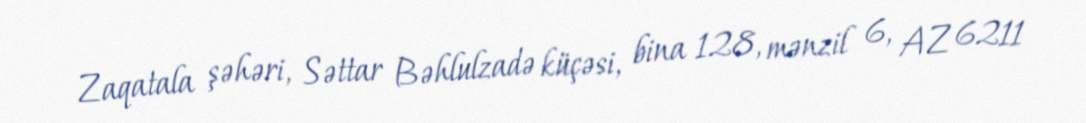
Zaqatala şəhəri, Səttar Bəhlulzadə küçəsi, bina 128, mənzil 6, AZ 6211